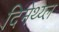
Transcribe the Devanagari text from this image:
दिमेथ्य्ल